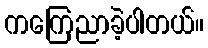
ကကြေညာခဲ့ပါတယ်။